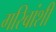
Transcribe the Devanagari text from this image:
गरिबांशी